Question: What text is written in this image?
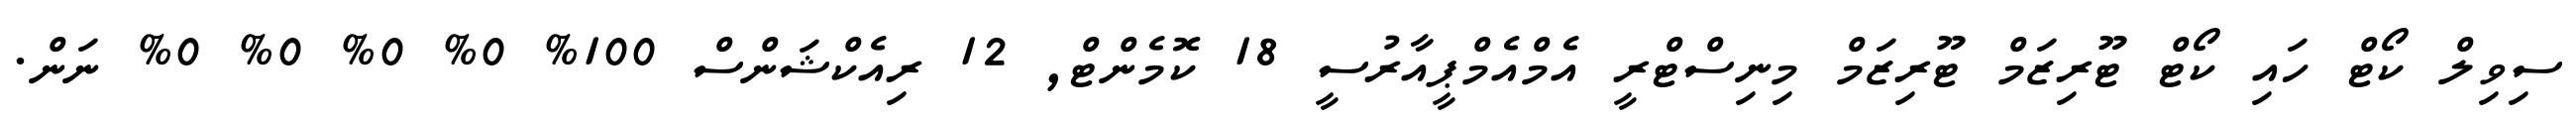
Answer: ސިވިލް ކޯޓް ހައި ކޯޓް ޓޫރިޒަމް ޓޫރިޒަމް މިނިސްޓްރީ އެމްއެމްޕީއާރުސީ 18 ކޮމެންޓް, 12 ރިއެކްޝަންސް 100% 0% 0% 0% 0% ނަން.